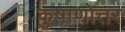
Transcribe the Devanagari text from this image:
कुषाणोत्तर